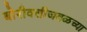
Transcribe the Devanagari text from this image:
बोरीवलीजवळच्या